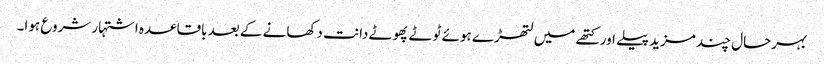
بہرحال چند مزید پیلے اور کتھے میں لتھڑے ہوئے ٹوٹے پھوٹے دانت دکھانے کے بعد باقاعدہ اشتہار شروع ہوا۔